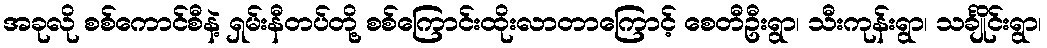
အခုလို စစ်ကောင်စီနဲ့ ရှမ်းနီတပ်တို့ စစ်ကြောင်းထိုးလာတာကြောင့် စေတီဦးရွာ၊ သီးကုန်းရွာ၊ သင်္ချိုင်းရွာ၊